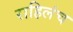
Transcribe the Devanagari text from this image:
राहिलंच